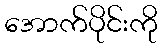
အောက်ပိုင်းကို